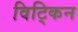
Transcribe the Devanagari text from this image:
विट्किन